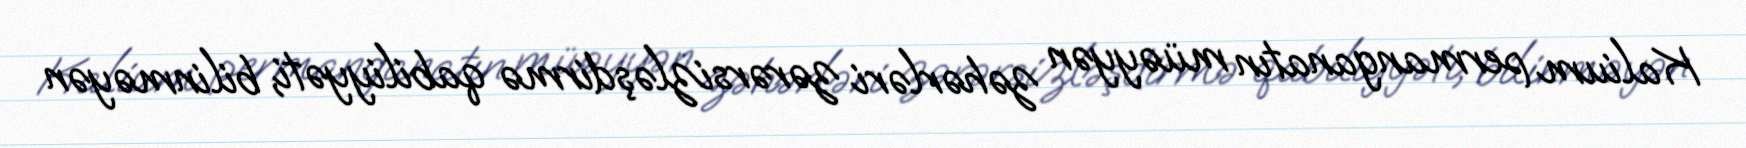
Kalium permanganatın müəyyən zəhərləri zərərsizləşdirmə qabiliyyəti, bilinməyən